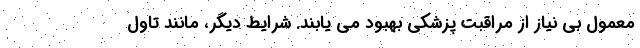
معمول بی نیاز از مراقبت پزشکی بهبود می یابند. شرایط دیگر، مانند تاول